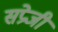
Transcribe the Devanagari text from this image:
सप्रेजी